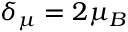
\delta _ { \mu } = 2 \mu _ { B }